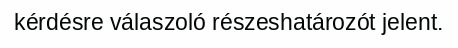
kérdésre válaszoló részeshatározót jelent.